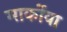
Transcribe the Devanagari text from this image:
मार्कोवा